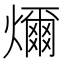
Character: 𤐨